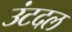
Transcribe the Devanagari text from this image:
उंटदल